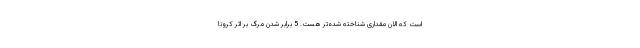
است که الان مقداری شناخته شده‌تر هست. 5 برابر شدن مرگ بر اثر کرونا